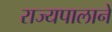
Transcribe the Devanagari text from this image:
राज्यपालाने